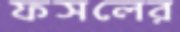
ফসলের